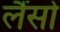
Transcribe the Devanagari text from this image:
लैंसोँ